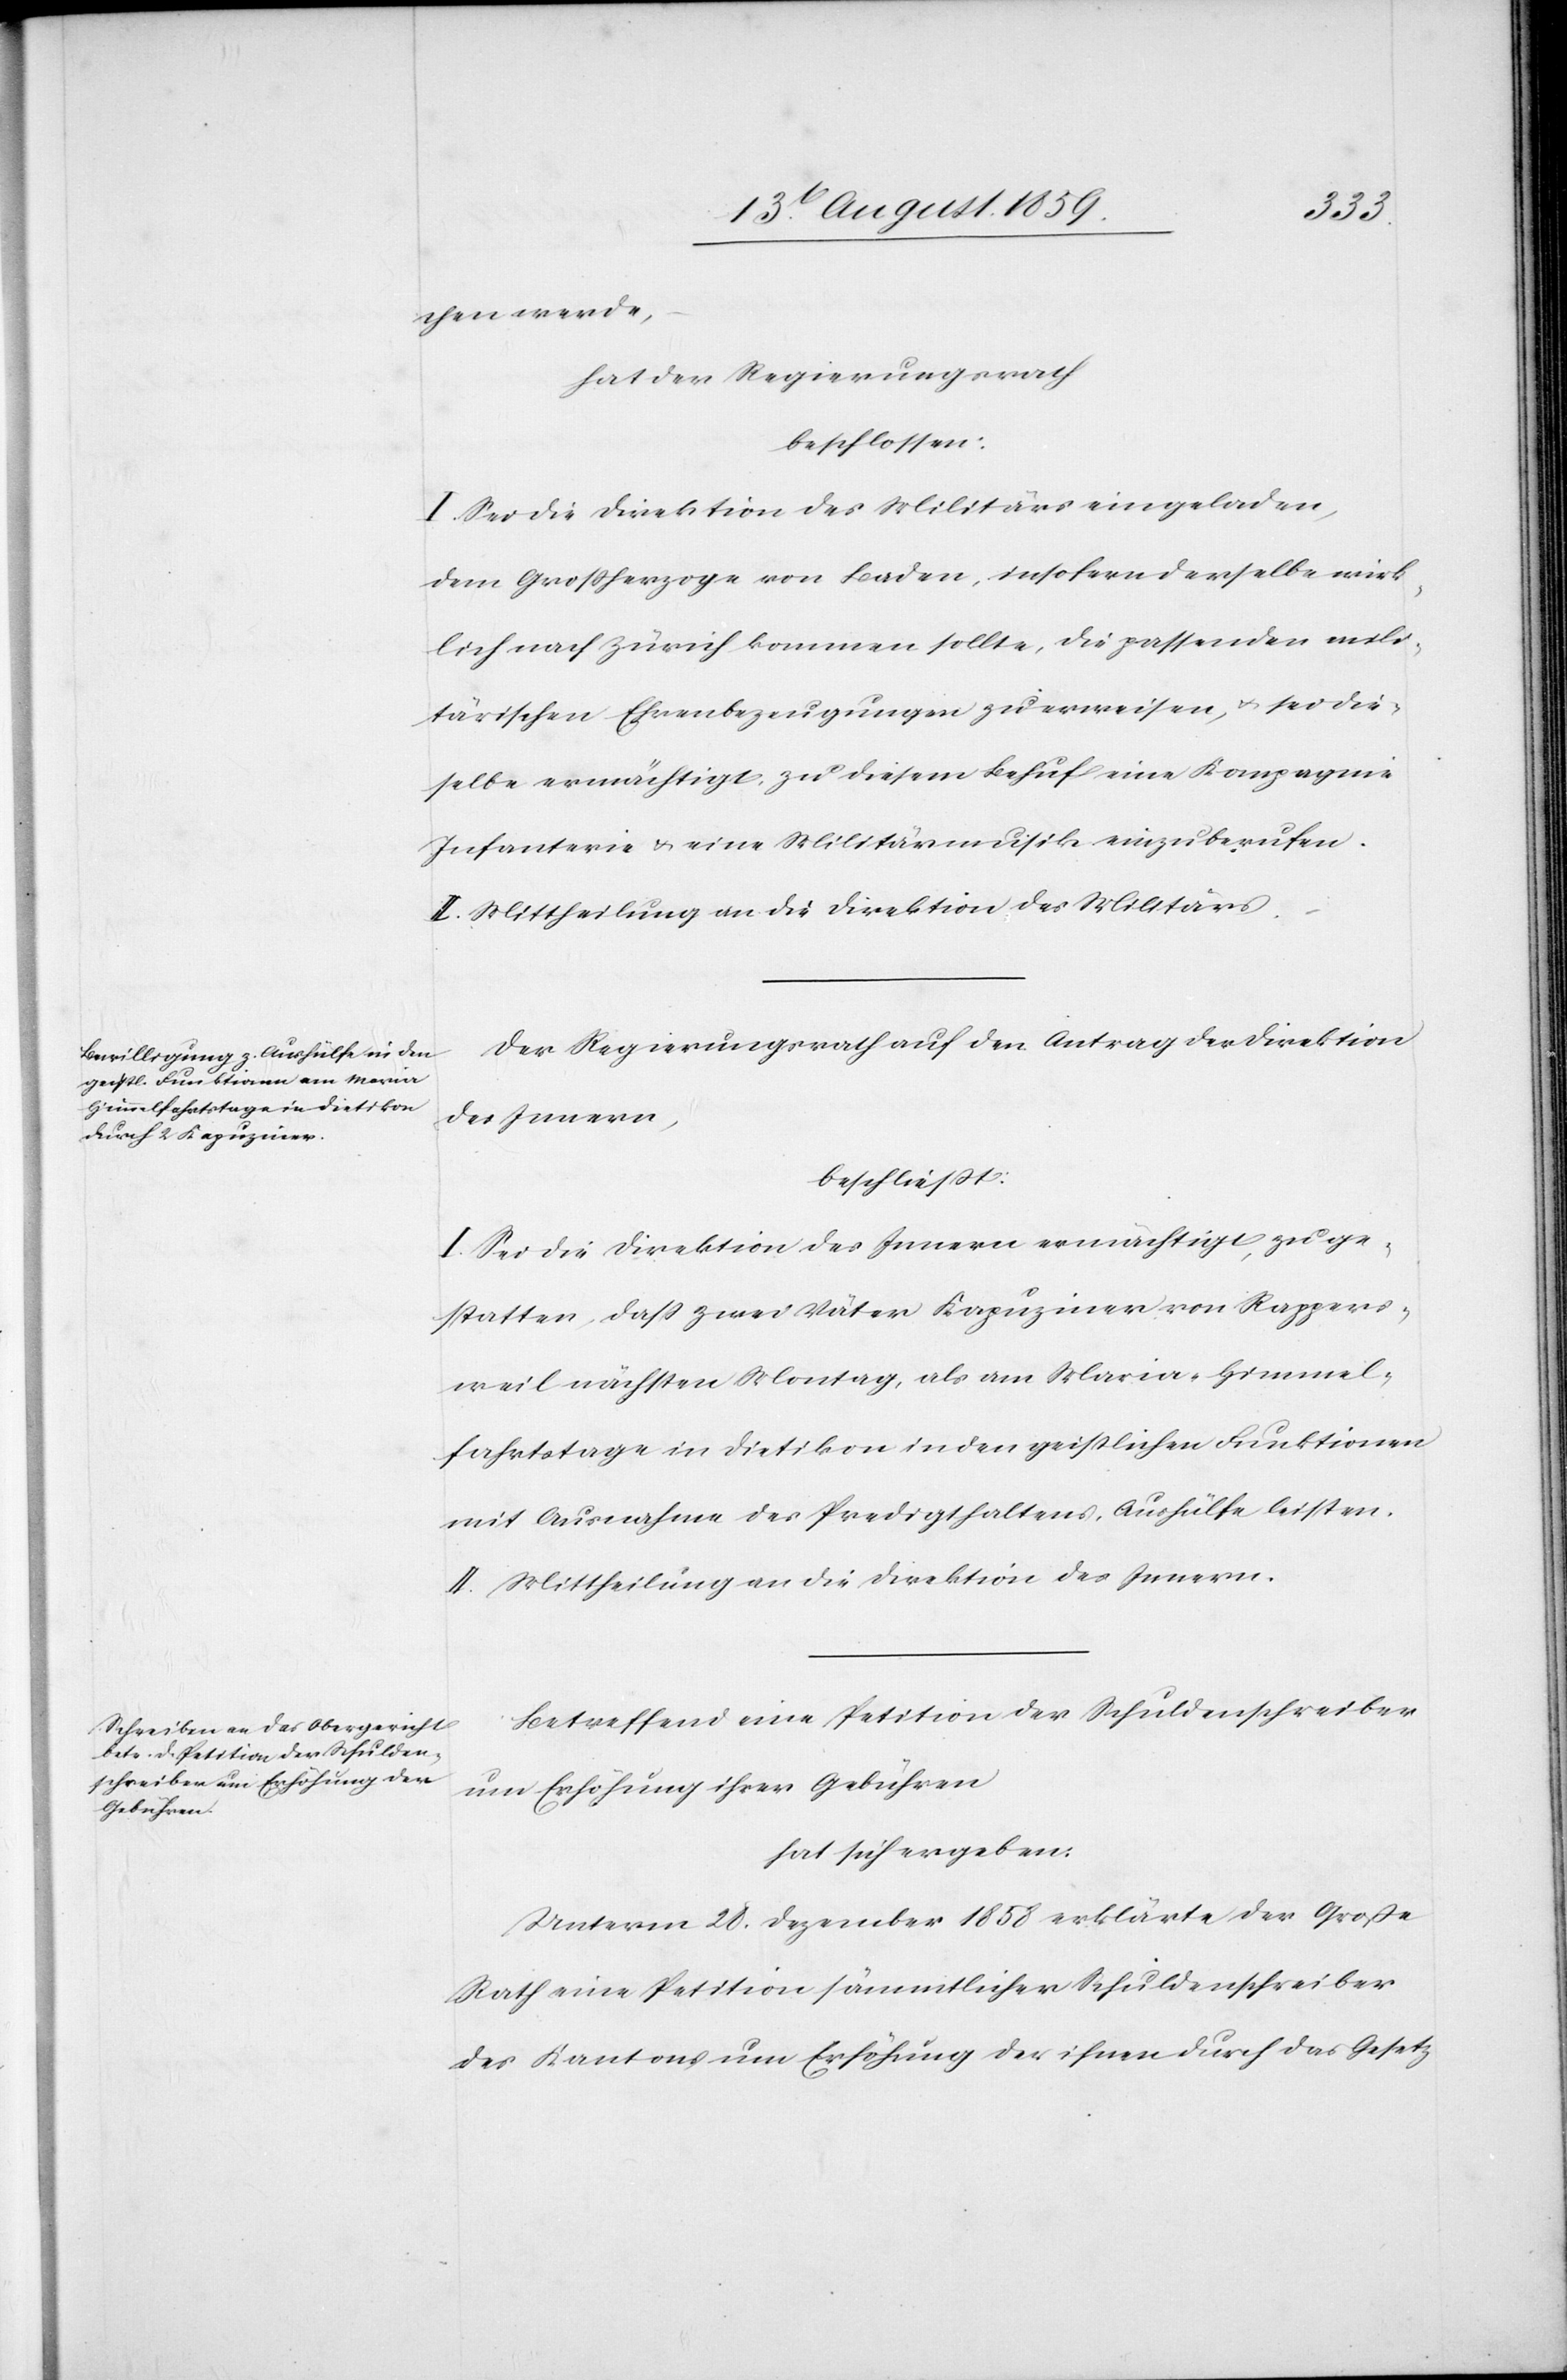
chen werde,
hat der Regierungsrath
beschlossen:
I. Sei die Direktion des Militärs eingeladen,
dem Großherzoge von Baden, insofern derselbe wirk¬
lich nach Zürich kommen sollte, die passenden mili¬
tärischen Ehrenbezeugungen zu erweisen, & sei die¬
selbe ermächtigt, zu diesem Behuf eine Kompagnie
Infanterie & eine Militärmusik einzuberufen.
II. Mittheilung an die Direktion des Militärs.
Der Regierungsrath auf den Antrag der Direktion
des Innern,
beschließt:
I. Sei die Direktion des Innern ermächtigt, zu ge¬
statten, daß zwei Väter Kapuziner von Rappers¬
weil nächsten Montag, als am Maria-Himmel¬
fahrtstage in Dietikon in den geistlichen Funktionen
mit Ausnahme des Predigthaltens, Aushülfe leisten.
II. Mittheilung an die Direktion des Innern.
Betreffend eine Petition der Schuldenschreiber
um Erhöhung ihrer Gebühren
hat sich ergeben:
Unterm 28. Dezember 1858 erklärte der Große
Rath eine Petition sämmtlicher Schuldenschreiber
des Kantons um Erhöhung der ihnen durch das Gesetz